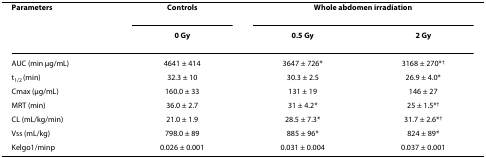
<table><thead><tr><td><b>Parameters</b></td><td><b>Controls</b></td><td colspan="2"><b>Whole abdomen irradiation</b></td></tr><tr><td></td><td><b>0 Gy</b></td><td><b>0.5 Gy</b></td><td><b>2 Gy</b></td></tr></thead><tbody><tr><td>AUC (min μg/mL)</td><td>4641 ± 414</td><td>3647 ± 726*</td><td>3168 ± 270*<sup>†</sup></td></tr><tr><td>t<sub>1/2 </sub>(min)</td><td>32.3 ± 10</td><td>30.3 ± 2.5</td><td>26.9 ± 4.0*</td></tr><tr><td>Cmax (μg/mL)</td><td>160.0 ± 33</td><td>131 ± 19</td><td>146 ± 27</td></tr><tr><td>MRT (min)</td><td>36.0 ± 2.7</td><td>31 ± 4.2*</td><td>25 ± 1.5*<sup>†</sup></td></tr><tr><td>CL (mL/kg/min)</td><td>21.0 ± 1.9</td><td>28.5 ± 7.3*</td><td>31.7 ± 2.6*<sup>†</sup></td></tr><tr><td>Vss (mL/kg)</td><td>798.0 ± 89</td><td>885 ± 96*</td><td>824 ± 89*</td></tr><tr><td>Kelgo1/minp</td><td>0.026 ± 0.001</td><td>0.031 ± 0.004</td><td>0.037 ± 0.001</td></tr></tbody></table>